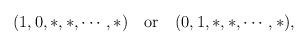
LaTeX: \begin{align*}(1,0,*,*,\cdots,*) \quad {\rm or} \quad (0,1,*,*,\cdots,*),\end{align*}